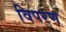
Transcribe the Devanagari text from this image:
विपरण